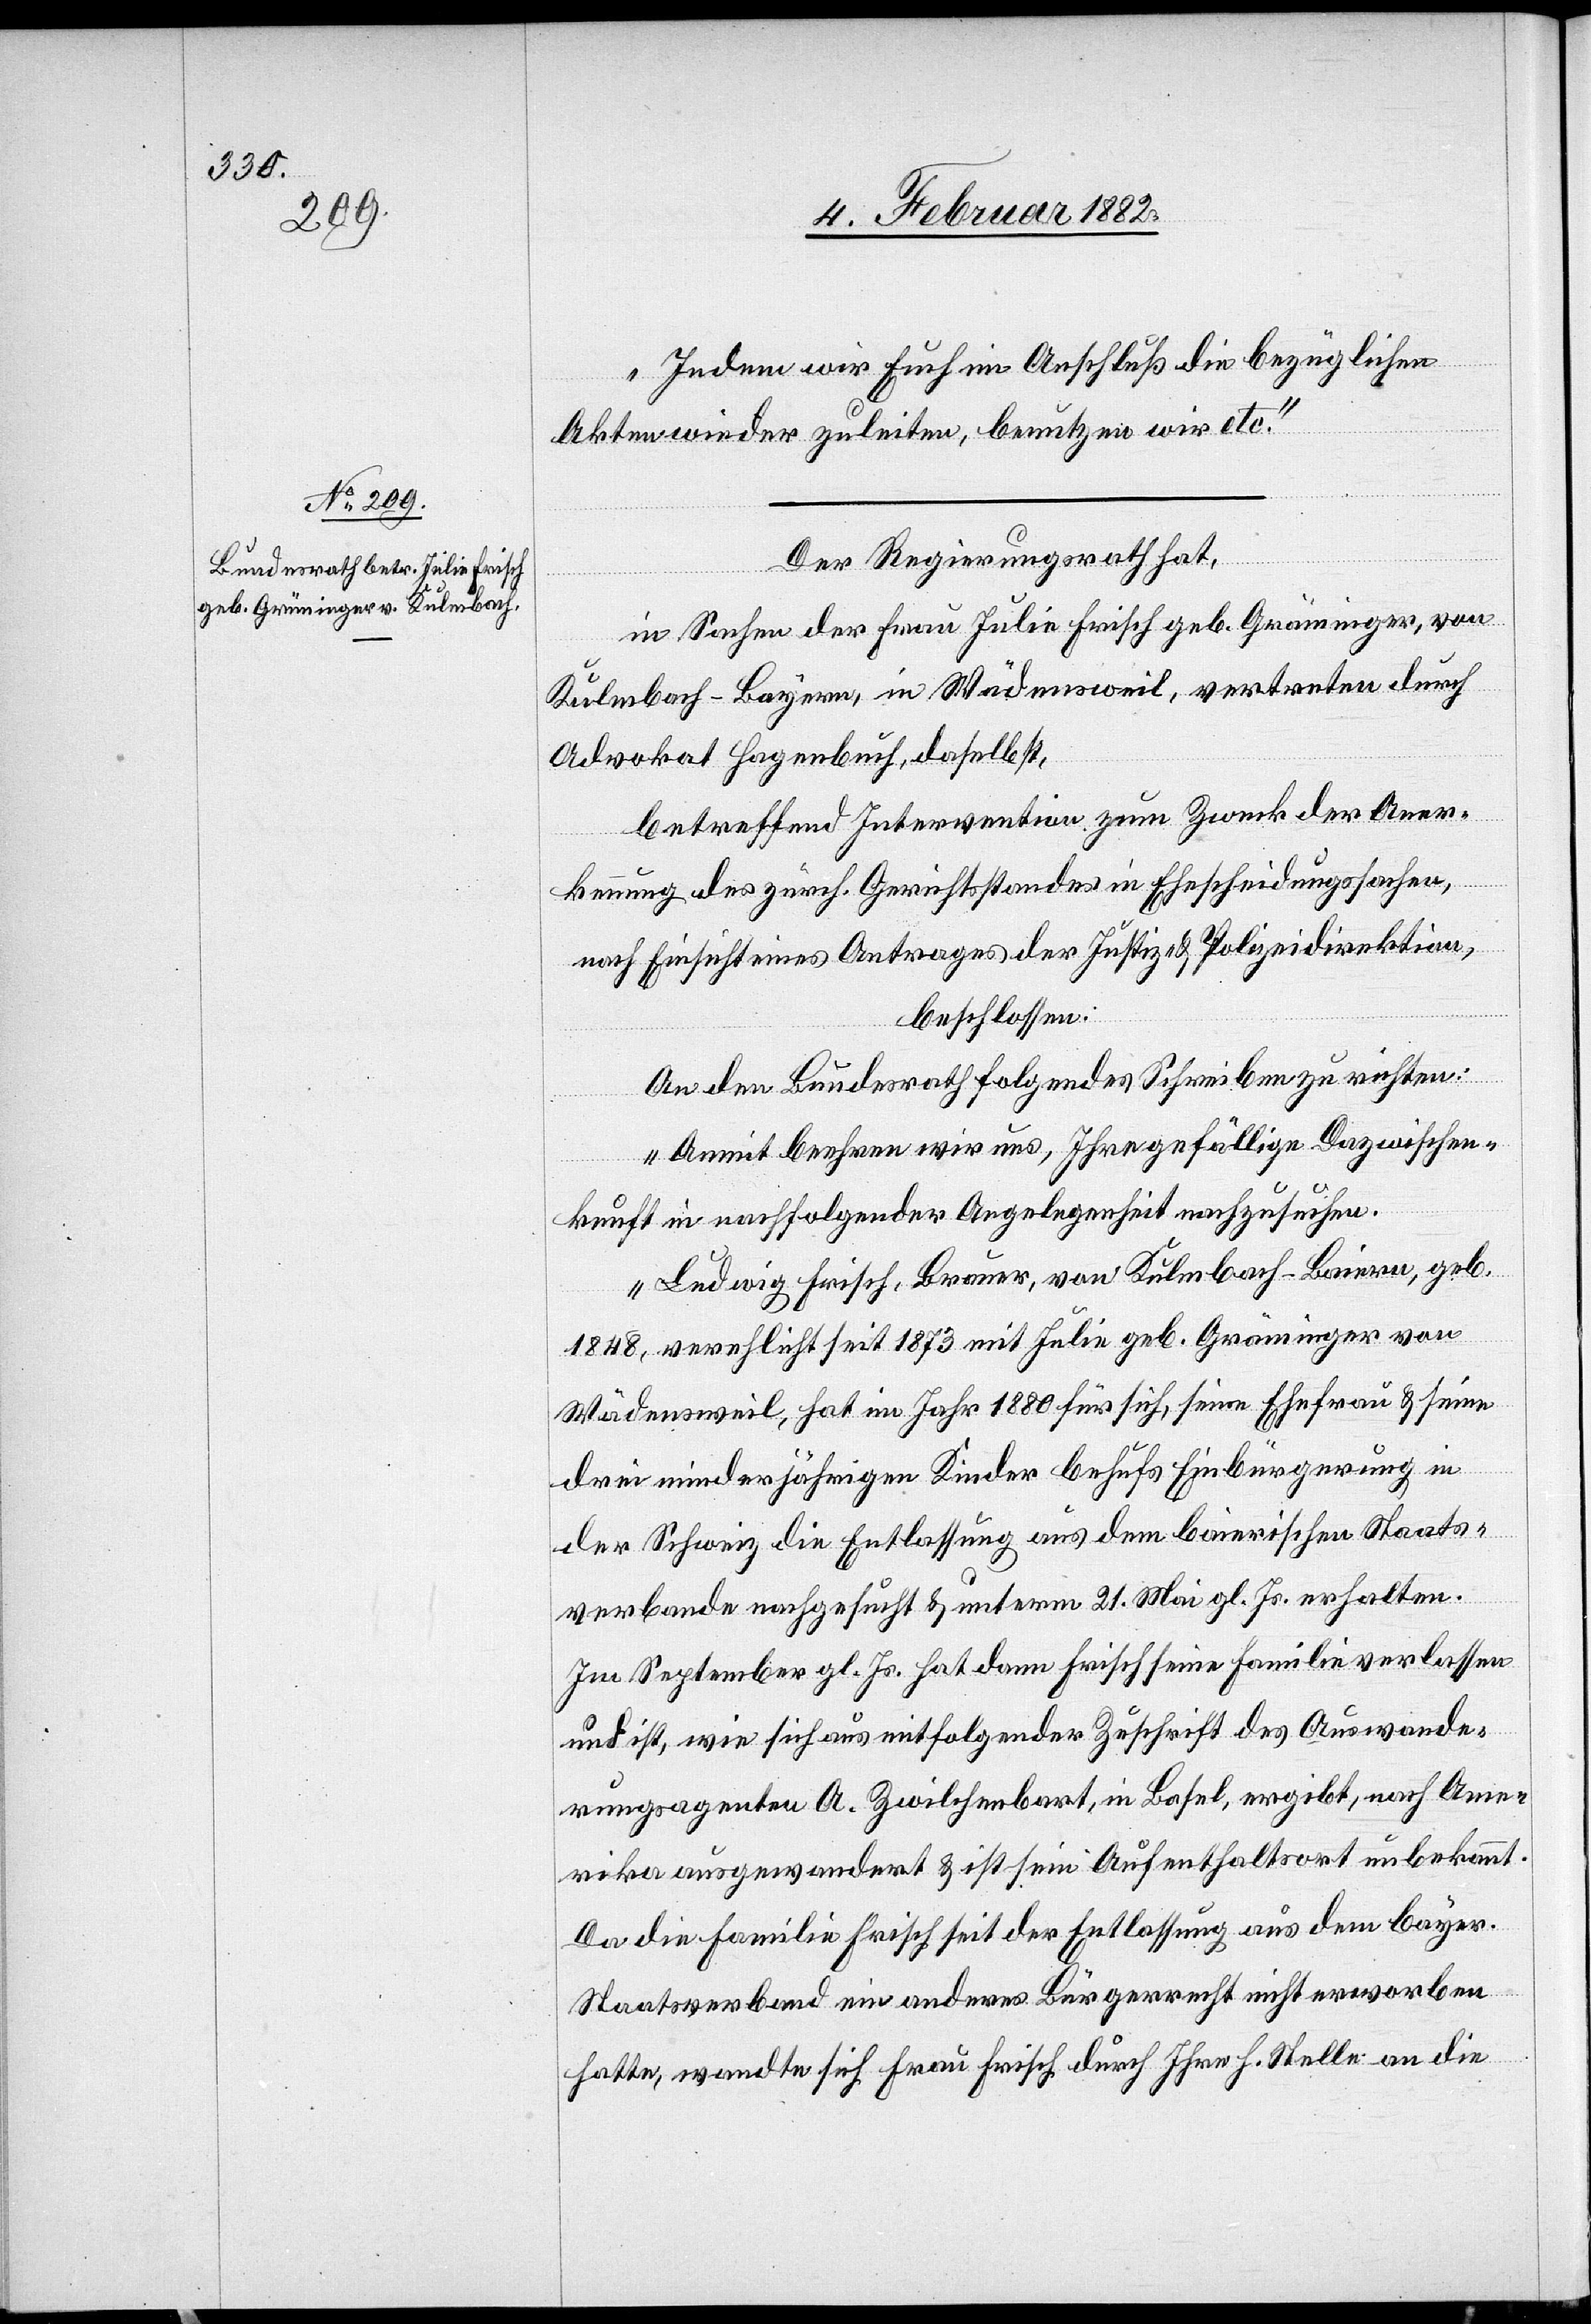
Indem wir Euch im Aufschluß die bezüglichen
Akten wieder zuleiten, benutzen wird etc.“
Der Regierungsrath hat,
in Sachen der Frau Julia Frisch geb. Grämniger
Kulmbach - Bayern, in Wädensweil, vertreten durch
Advokat Hagenbuch, daselbst,
betreffend Intervention zum Zweck der Aner¬
kennung des zürch. Gerichtsstandes in Entscheidungssachen,
nach Einsicht eines Antrages der Justiz- & Polizeidirektion,
beschlossen:
An den Bundesrath folgendes Schreiben zu richten:
„Damit beehren wir uns, Ihre gefällige Dazwischen¬
kunft in nachfolgender Angelegenheit nachzusuchen.
Ludwig Frisch, Brauer, von Kulmbach - Baiern, geb.
1848, verehlicht seit 1837 mit Julia geb. Gräminger von
Wädensweil, hat im Jahr 1880 für sich, seine Ehefrau & seine
Js.
drei minderjährigen Kinder behufs Einbürgerung in
Im September gl. Js. hat dann Frisch seinen Familie verlassen
und ist, wie sich aus mitfolgender Zuschrift des Auswande¬
rungsagenten A. Zwilchenbart, in Basel, ergibt, nach Ame¬
rika ausgewandert & ist sein Aufenthaltsort unbekannt.
Da die Familie Frisch seit der Entlassung aus dem bayr.
Staatsverband ein anderes Bürgerrecht nicht erworben
hatte, wandte sich Frau Frisch durch Ihre h. Stelle an die

von